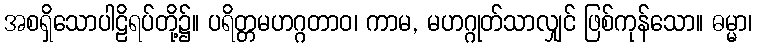
အစရှိသောပါဠိရပ်တို့၌။ ပရိတ္တမဟဂ္ဂတာဝ၊ ကာမ, မဟဂ္ဂုတ်သာလျှင် ဖြစ်ကုန်သော။ ဓမ္မာ၊